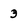
Character: 3